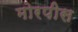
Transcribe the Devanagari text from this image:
मोरपीस